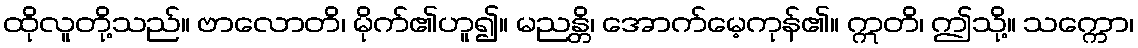
ထိုလူတို့သည်။ ဗာလောတိ၊ မိုက်၏ဟူ၍။ မညန္တိ၊ အောက်မေ့ကုန်၏။ ဣတိ၊ ဤသို့။ သက္ကော၊